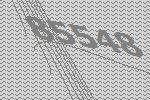
85548